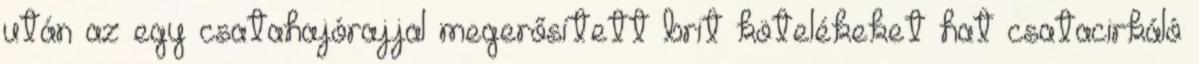
után az egy csatahajórajjal megerősített brit kötelékeket hat csatacirkáló